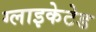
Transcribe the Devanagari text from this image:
ग्लाइकेटेड